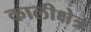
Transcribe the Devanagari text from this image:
कालीक्षेत्र